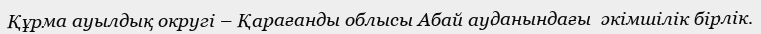
Құрма ауылдық округі – Қарағанды облысы Абай ауданындағы  әкімшілік бірлік.